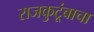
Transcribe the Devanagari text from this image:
राजकुटूंबाचा